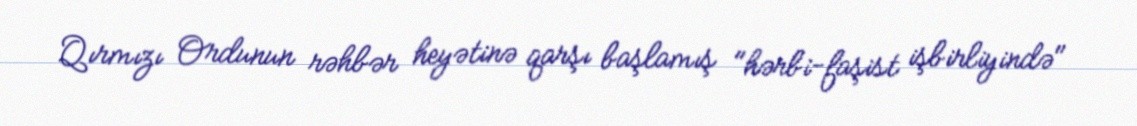
Qırmızı Ordunun rəhbər heyətinə qarşı başlamış "hərbi-faşist işbirliyində"